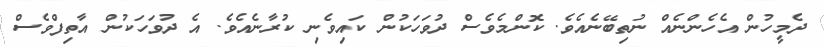
ދެމީހުން އެހެންނެއް ނުތިބޭނެއެވެ. ކޮންމެވެސް ދުވަހަކުން ކައިވެނި ކުރާނެއެވެ. އެ ދުވަހަކުން އާތިފްވެސް